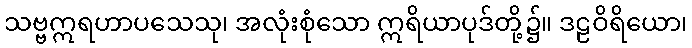
သဗ္ဗဣရဟာပသေသု၊ အလုံးစုံသော ဣရိယာပုဒ်တို့၌။ ဒဠဝိရိယော၊